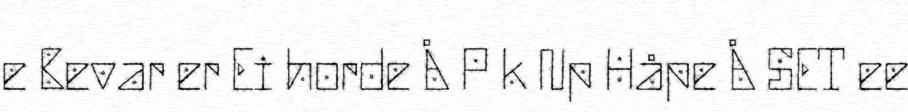
e Bevar er Ei horde Å P k Np Håpe Å SET ee